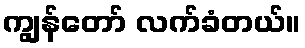
ကျွန်တော် လက်ခံတယ်။